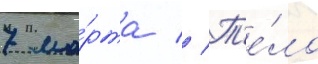
7 ма́рта // Т'е́ло